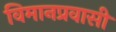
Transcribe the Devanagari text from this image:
विमानप्रवासी